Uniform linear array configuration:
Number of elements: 24
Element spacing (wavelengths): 0.5
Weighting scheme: hann
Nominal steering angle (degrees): -15
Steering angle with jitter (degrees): -15.354
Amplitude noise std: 0.05
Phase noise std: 0.05

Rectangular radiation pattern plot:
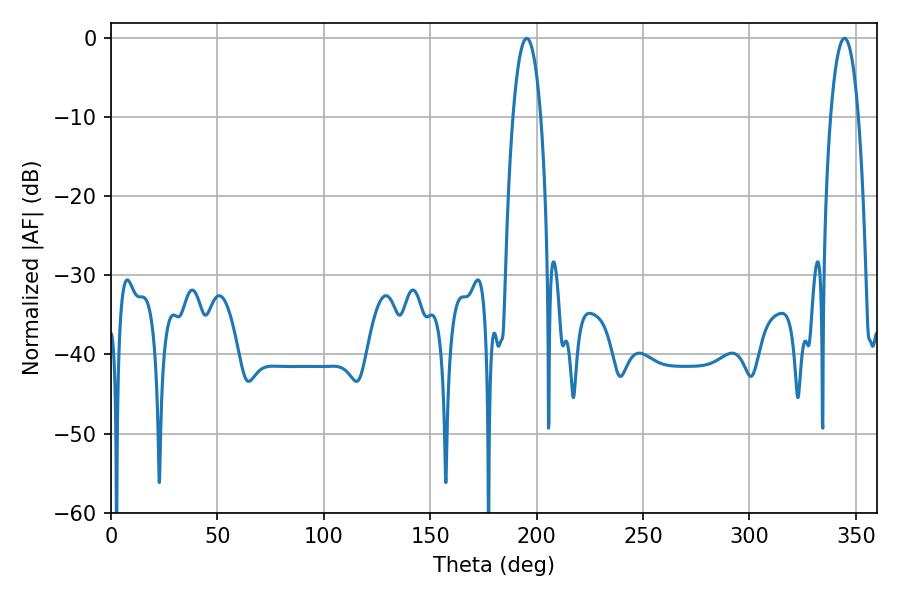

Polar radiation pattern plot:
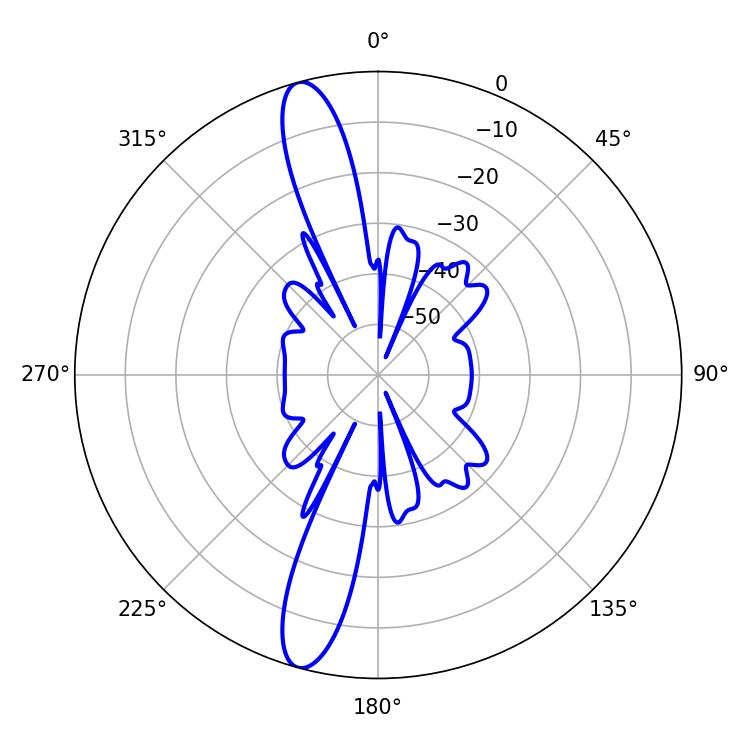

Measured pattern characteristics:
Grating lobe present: FALSE
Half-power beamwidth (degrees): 7.38
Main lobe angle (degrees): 195.3